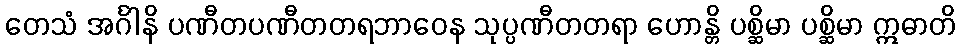
တေသံ အင်္ဂါနိ ပဏီတပဏီတတရဘာဝေန သုပ္ပဏီတတရာ ဟောန္တိ ပစ္ဆိမာ ပစ္ဆိမာ ဣဓာတိ